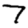
Digit: 7